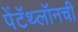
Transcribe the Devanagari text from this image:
पेंटॅथ्लॉनची